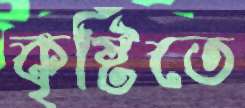
কৃষ্টিতে